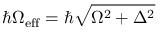
\hbar \Omega _ { \mathrm { e f f } } = \hbar \sqrt { \Omega ^ { 2 } + \Delta ^ { 2 } }